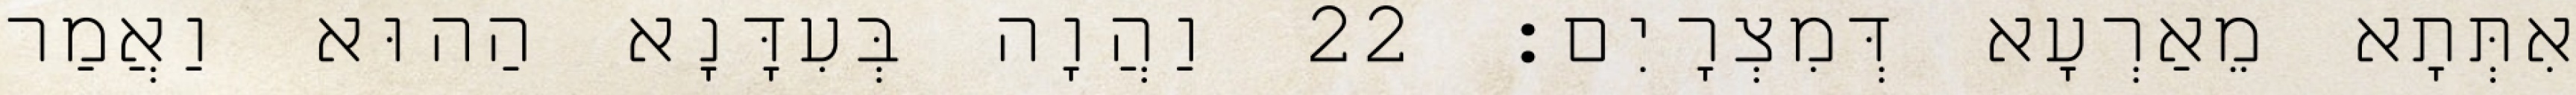
אִתְּתָא מֵאַרְעָא דְּמִצְרָיִם׃ 22 וַהֲוָה בְּעִדָּנָא הַהוּא וַאֲמַר